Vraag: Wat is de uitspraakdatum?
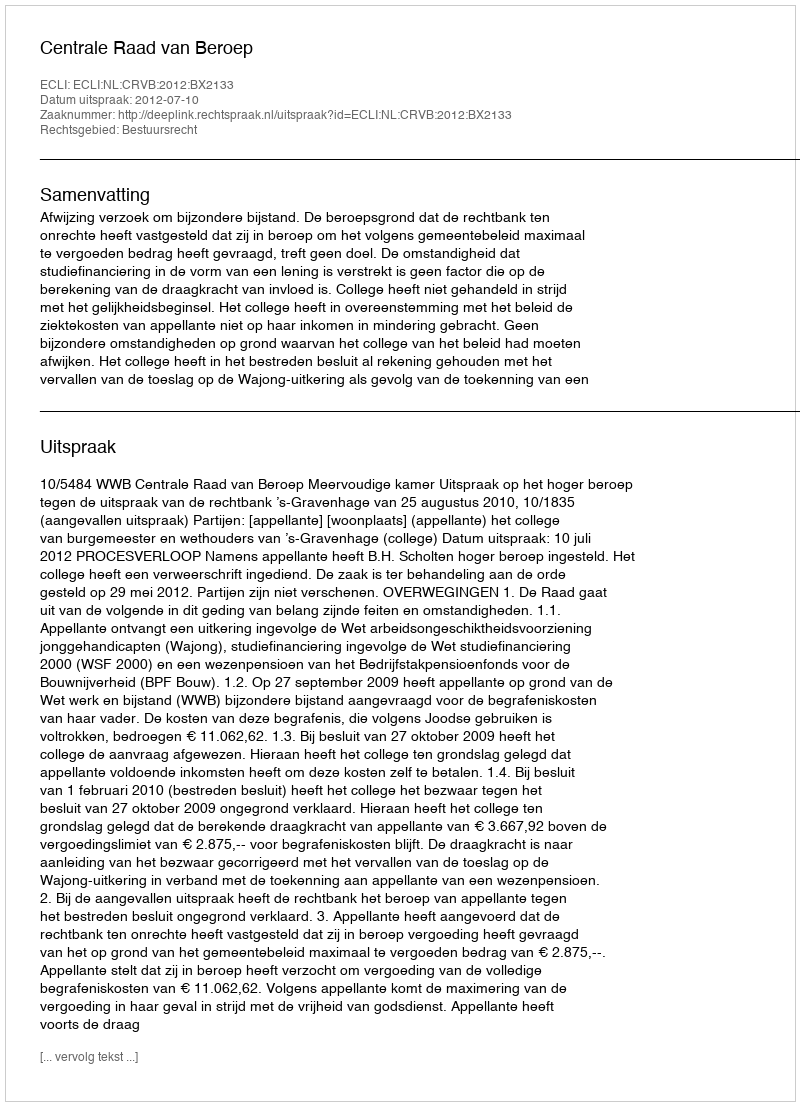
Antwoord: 2012-07-10